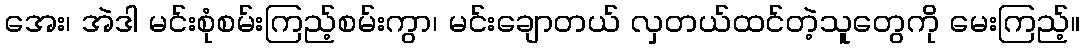
အေး၊ အဲဒါ မင်းစုံစမ်းကြည့်စမ်းကွာ၊ မင်းချောတယ် လှတယ်ထင်တဲ့သူတွေကို မေးကြည့်။